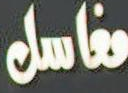
مغاسل